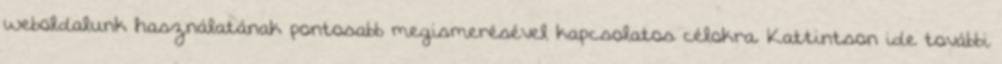
weboldalunk használatának pontosabb megismerésével kapcsolatos célokra. Kattintson ide további